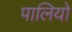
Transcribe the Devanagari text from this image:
पालियो